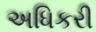
અધિકરી